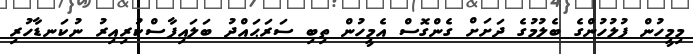
މިމީހުން ފުލުހުންގެ ބެލުމުގެ ދަށަށް ގެންގޮސް އެމީހުން ތިބި ސަރަޙައްދު ބަލައިފާސްކުރިއިރު ނުކަނޑާހުރި